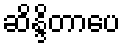
ဆိန္ဒိတာပေ